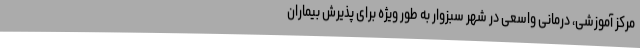
مرکز آموزشی، درمانی واسعی در شهر سبزوار به طور ویژه برای پذیرش بیماران